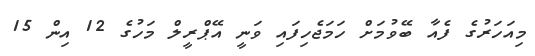
މިއަހަރުގެ ފެއާ ބޭވުމަށް ހަމަޖެހިފައި ވަނީ އޭޕްރީލް މަހުގެ 12 އިން 15